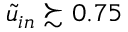
\tilde { u } _ { i n } \succsim 0 . 7 5